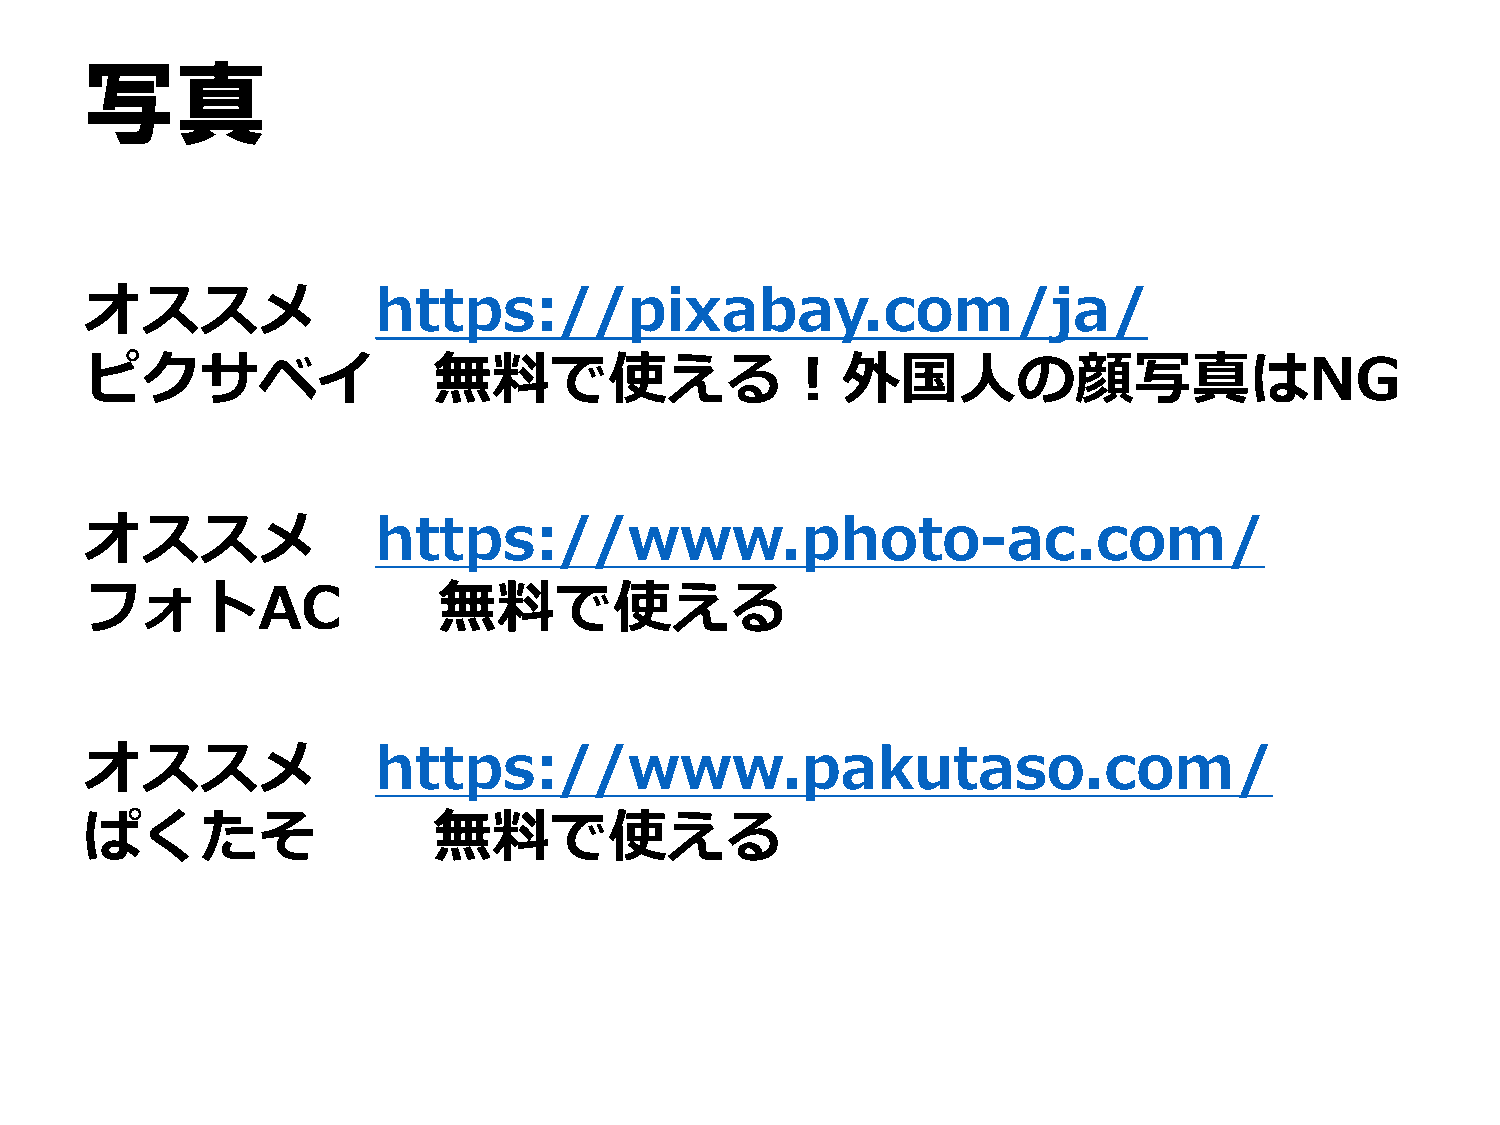
写真
 オススメ               https://pixabay.com/ja/
 ピクサベイ                  無料で使える︕外国⼈の顔写真はNG
 オススメ               https://www.photo-ac.com/
 フォトAC                  無料で使える
 オススメ               https://www.pakutaso.com/
 ぱくたそ                   無料で使える